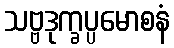
သဗ္ဗဒုက္ခပ္ပမောစနံ